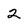
Character: 2